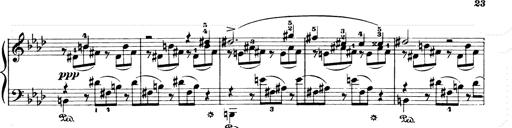
Title: Consolations and LiebestrÃ¤ume for the Piano
Composer: Franz Liszt